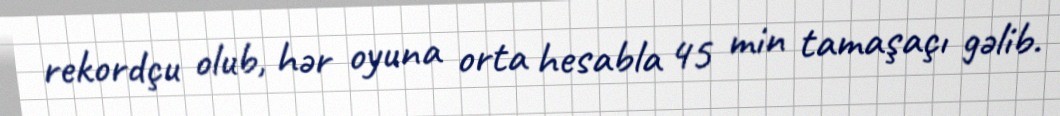
rekordçu olub, hər oyuna orta hesabla 45 min tamaşaçı gəlib.